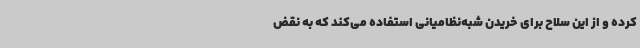
کرده و از این سلاح برای خریدن شبه‌نظامیانی استفاده می‌کند که به نقض